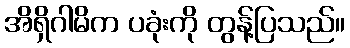
အိရှိဂါမိက ပခုံးကို တွန့်ပြသည်။